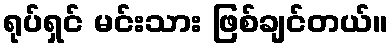
ရုပ်ရှင် မင်းသား ဖြစ်ချင်တယ်။